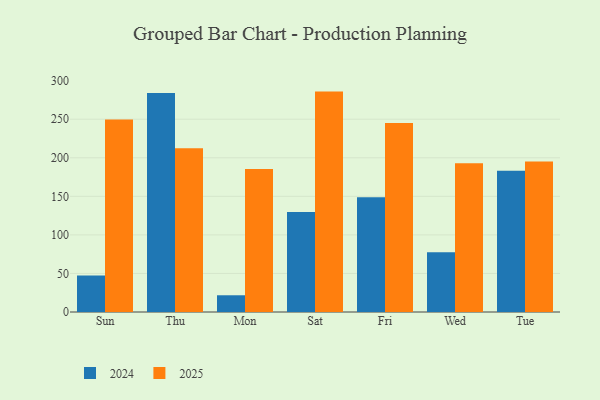
{"axis": {"x": "Day", "y": "Page Views"}, "legend": ["2024", "2025"], "data": [{"x": "Sun", "y": 47.4, "type": "2024"}, {"x": "Sun", "y": 249.7, "type": "2025"}, {"x": "Thu", "y": 283.9, "type": "2024"}, {"x": "Thu", "y": 212.2, "type": "2025"}, {"x": "Mon", "y": 21.7, "type": "2024"}, {"x": "Mon", "y": 185.5, "type": "2025"}, {"x": "Sat", "y": 129.8, "type": "2024"}, {"x": "Sat", "y": 285.8, "type": "2025"}, {"x": "Fri", "y": 148.9, "type": "2024"}, {"x": "Fri", "y": 245.0, "type": "2025"}, {"x": "Wed", "y": 77.4, "type": "2024"}, {"x": "Wed", "y": 193.0, "type": "2025"}, {"x": "Tue", "y": 183.2, "type": "2024"}, {"x": "Tue", "y": 195.0, "type": "2025"}]}